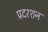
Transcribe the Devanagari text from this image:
प्रदरशन